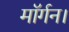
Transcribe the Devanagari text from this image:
मॉर्गन।